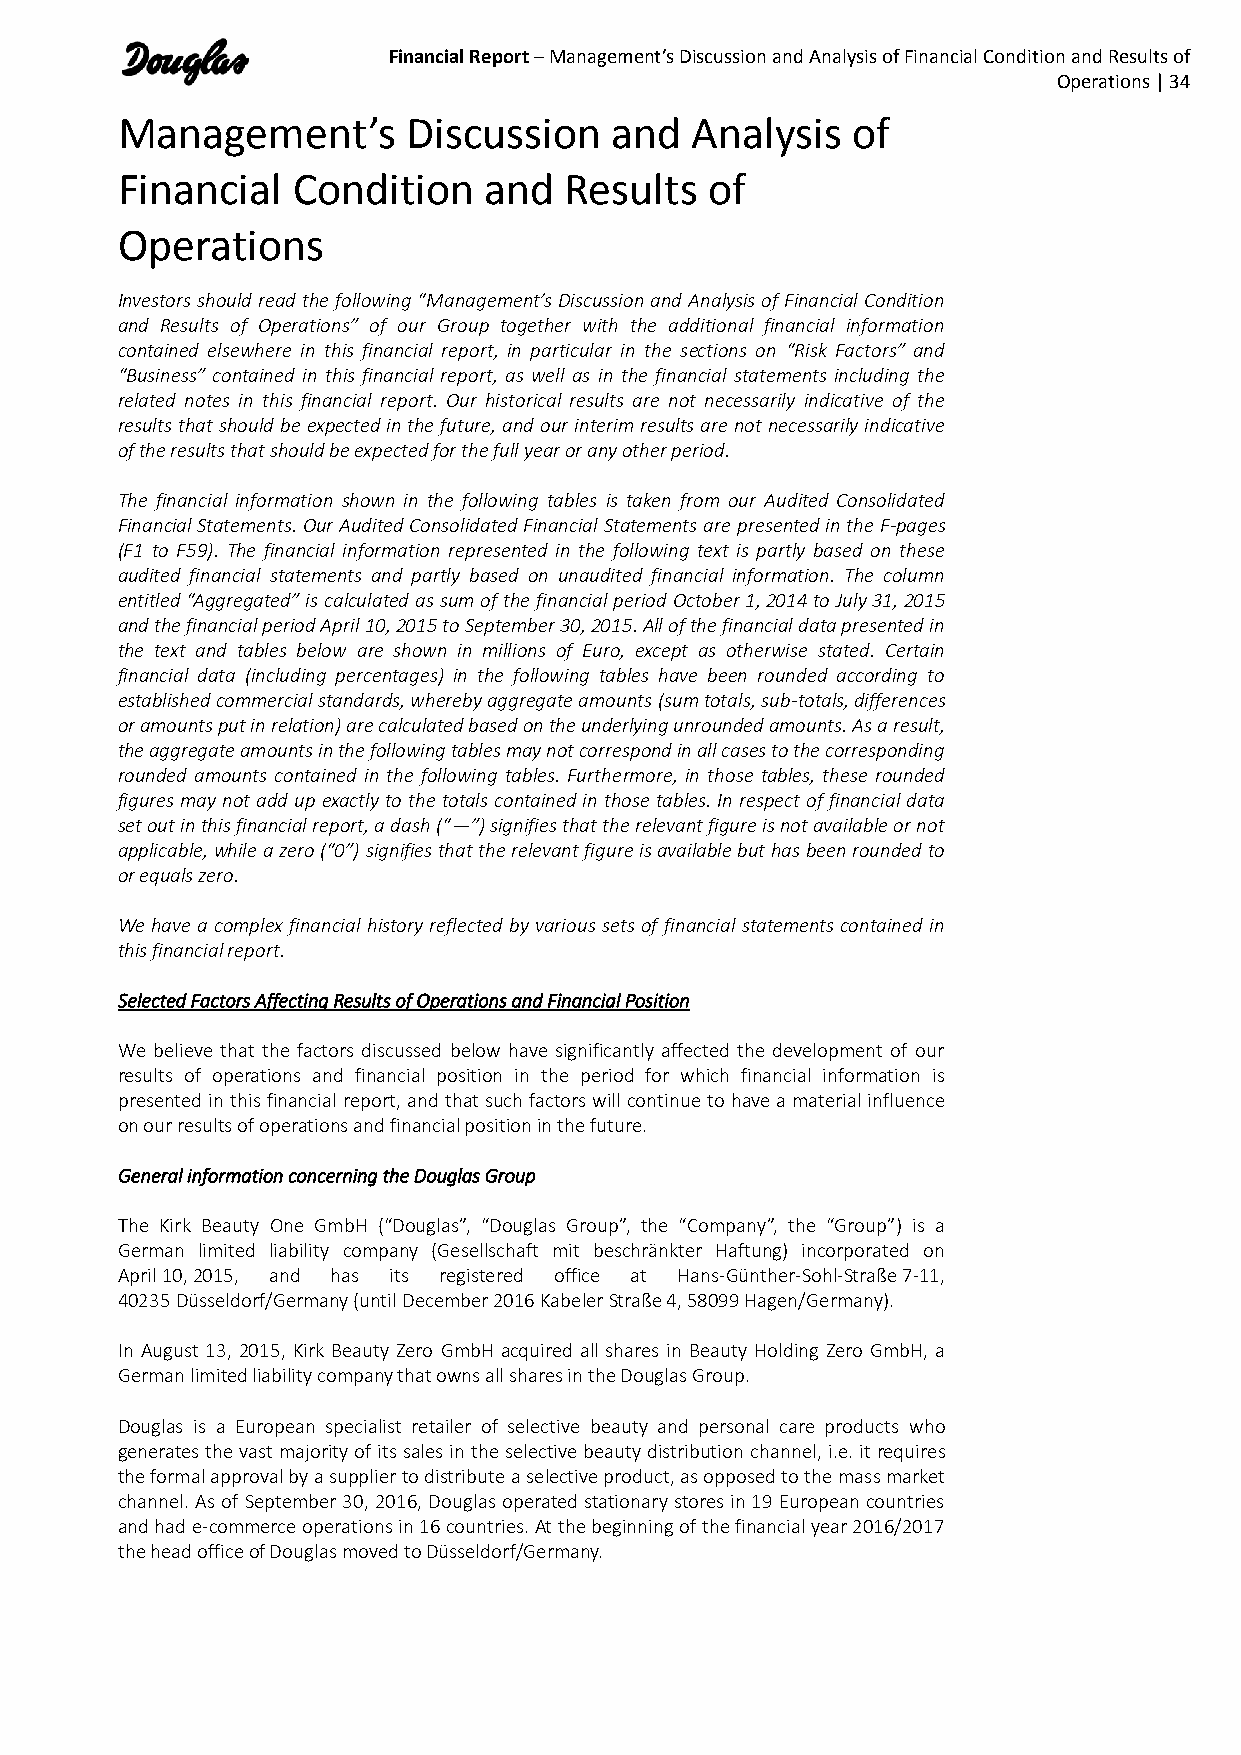
Financial Report – Management’s Discussion and Analysis of Financial Condition and Results of
 Operations | 34
 Management’s       Discussion   and   Analysis  of
 Financial  Condition    and  Results   of
 Operations
 Investors should read the following “Management’s Discussion and Analysis of Financial Condition
 and Results of Operations” of our Group together with the additional financial information
 contained elsewhere in this financial report, in particular in the sections on “Risk Factors” and
 “Business” contained in this financial report, as well as in the financial statements including the
 related notes in this financial report. Our historical results are not necessarily indicative of the
 results that should be expected in the future, and our interim results are not necessarily indicative
 of the results that should be expected for the full year or any other period.
 The financial information shown in the following tables is taken from our Audited Consolidated
 Financial Statements. Our Audited Consolidated Financial Statements are presented in the F-pages
 (F1 to F59). The financial information represented in the following text is partly based on these
 audited financial statements and partly based on unaudited financial information. The column
 entitled “Aggregated” is calculated as sum of the financial period October 1, 2014 to July 31, 2015
 and the financial period April 10, 2015 to September 30, 2015. All of the financial data presented in
 the text and tables below are shown in millions of Euro, except as otherwise stated. Certain
 financial data (including percentages) in the following tables have been rounded according to
 established commercial standards, whereby aggregate amounts (sum totals, sub-totals, differences
 or amounts put in relation) are calculated based on the underlying unrounded amounts. As a result,
 the aggregate amounts in the following tables may not correspond in all cases to the corresponding
 rounded amounts contained in the following tables. Furthermore, in those tables, these rounded
 figures may not add up exactly to the totals contained in those tables. In respect of financial data
 set out in this financial report, a dash (“—”) signifies that the relevant figure is not available or not
 applicable, while a zero (“0”) signifies that the relevant figure is available but has been rounded to
 or equals zero.
 We have a complex financial history reflected by various sets of financial statements contained in
 this financial report.
 Selected Factors Affecting Results of Operations and Financial Position
 We believe that the factors discussed below have significantly affected the development of our
 results of operations and financial position in the period for which financial information is
 presented in this financial report, and that such factors will continue to have a material influence
 on our results of operations and financial position in the future.
 General information concerning the Douglas Group
 The Kirk Beauty One GmbH (“Douglas”, “Douglas Group”, the “Company”, the “Group”) is a
 German limited liability company (Gesellschaft mit beschränkter Haftung) incorporated on
 April 10, 2015, and has its registered office at Hans-Günther-Sohl-Straße 7-11,
 40235 Düsseldorf/Germany (until December 2016 Kabeler Straße 4, 58099 Hagen/Germany).
 In August 13, 2015, Kirk Beauty Zero GmbH acquired all shares in Beauty Holding Zero GmbH, a
 German limited liability company that owns all shares in the Douglas Group.
 Douglas is a European specialist retailer of selective beauty and personal care products who
 generates the vast majority of its sales in the selective beauty distribution channel, i.e. it requires
 the formal approval by a supplier to distribute a selective product, as opposed to the mass market
 channel. As of September 30, 2016, Douglas operated stationary stores in 19 European countries
 and had e-commerce operations in 16 countries. At the beginning of the financial year 2016/2017
 the head office of Douglas moved to Düsseldorf/Germany.